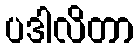
ပဒါလိတာ